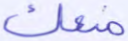
منعك